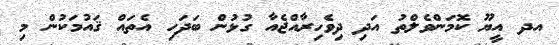
އދ އީޔޫ ކޮމަންވެލްތު އަދި ދިވެހިރާއްޖެއާ ގުޅުން ބަދަހި އެތައް ޤައުމަކުން މި